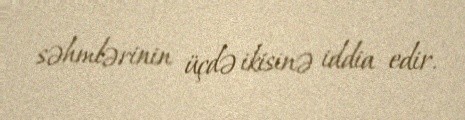
səhmlərinin üçdə ikisinə iddia edir.